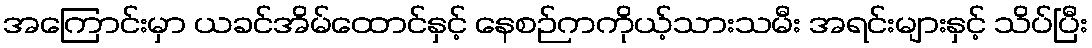
အကြောင်းမှာ ယခင်အိမ်ထောင်နှင့် နေစဉ်ကကိုယ့်သားသမီး အရင်းများနှင့် သိပ်ပြီး